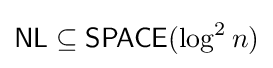
{\mathsf {NL}}\subseteq {\mathsf {SPACE}}(\log ^{2}n)